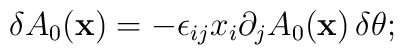
\delta A_0({\bf x}) = -\epsilon_{ij}x_i\partial_jA_0({\bf x})\,\delta\theta.